Plague in India, 1896, 1897 - Volume 1
Year: 1896
Disease focus: Plague
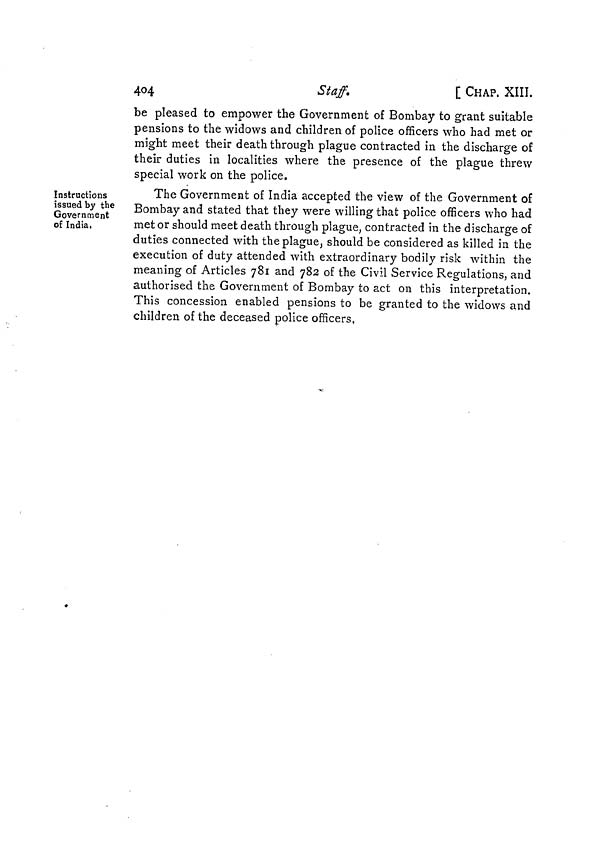
404
Staff.
[ CHAP. XIII.
be pleased to empower the Government of Bombay to grant suitable
pensions to the widows and children of police officers who had met or
might meet their death through plague contracted in the discharge of
their duties in localities where the presence of the plague threw
special work on the police.
Instructions
issued by the
Government
of India.
The Government of India accepted the view of the Government of
Bombay and stated that they were willing that police officers who had
met or should meet death through plague, contracted in the discharge of
duties connected with the plague, should be considered as killed in the
execution of duty attended with extraordinary bodily risk within the
meaning of Articles 781 and 782 of the Civil Service Regulations, and
authorised the Government of Bombay to act on this interpretation.
This concession enabled pensions to be granted to the widows and
children of the deceased police officers,